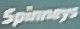
Spinneys